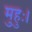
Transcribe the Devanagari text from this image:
मुहुः।